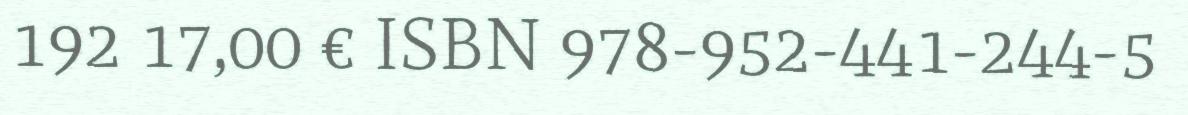
192 17,00 € ISBN 978-952-441-244-5